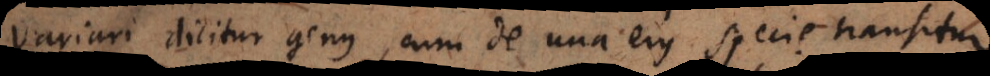
Variari dicitur genus, cum de una ejus specie transitur